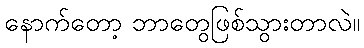
နောက်တော့ ဘာတွေဖြစ်သွားတာလဲ။